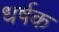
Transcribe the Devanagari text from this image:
धर्षक